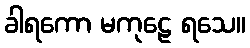
ခါရကော မကုဠေ ရသေ။